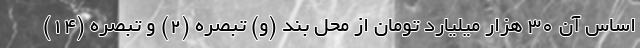
اساس آن ۳۰ هزار میلیارد تومان از محل بند (و) تبصره (۲) و تبصره (۱۴)